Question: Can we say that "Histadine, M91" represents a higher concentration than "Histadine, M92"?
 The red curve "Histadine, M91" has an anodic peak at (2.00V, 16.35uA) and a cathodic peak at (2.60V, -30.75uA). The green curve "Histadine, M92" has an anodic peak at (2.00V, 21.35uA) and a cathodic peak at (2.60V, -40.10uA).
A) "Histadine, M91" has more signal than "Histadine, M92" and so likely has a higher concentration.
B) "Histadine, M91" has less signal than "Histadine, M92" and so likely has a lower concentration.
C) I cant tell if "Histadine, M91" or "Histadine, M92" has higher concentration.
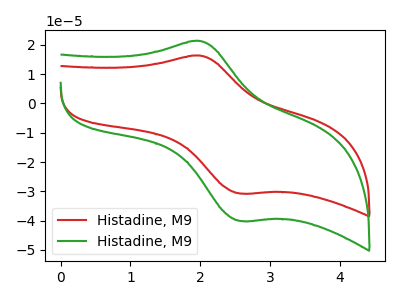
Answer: <think>All the peaks in "Histadine, M91" have a peak in "Histadine, M92" at the same potential. Every peak in "Histadine, M91" is lower than every peak in "Histadine, M92".
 </think>
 <answer>B) "Histadine, M91" has less signal than "Histadine, M92" and so likely has a lower concentration.</answer>
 <eval>B</eval>